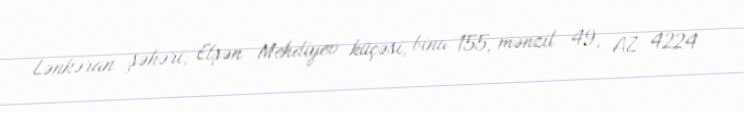
Lənkəran şəhəri, Elşən Mehdiyev küçəsi, bina 155, mənzil 49, AZ 4224